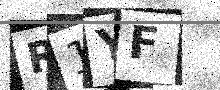
Text: R1YF